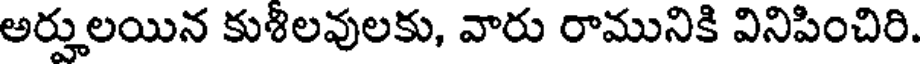
అర్హులయిన కుశిలవులకు, వారు రామునికి వినిపించిరి.